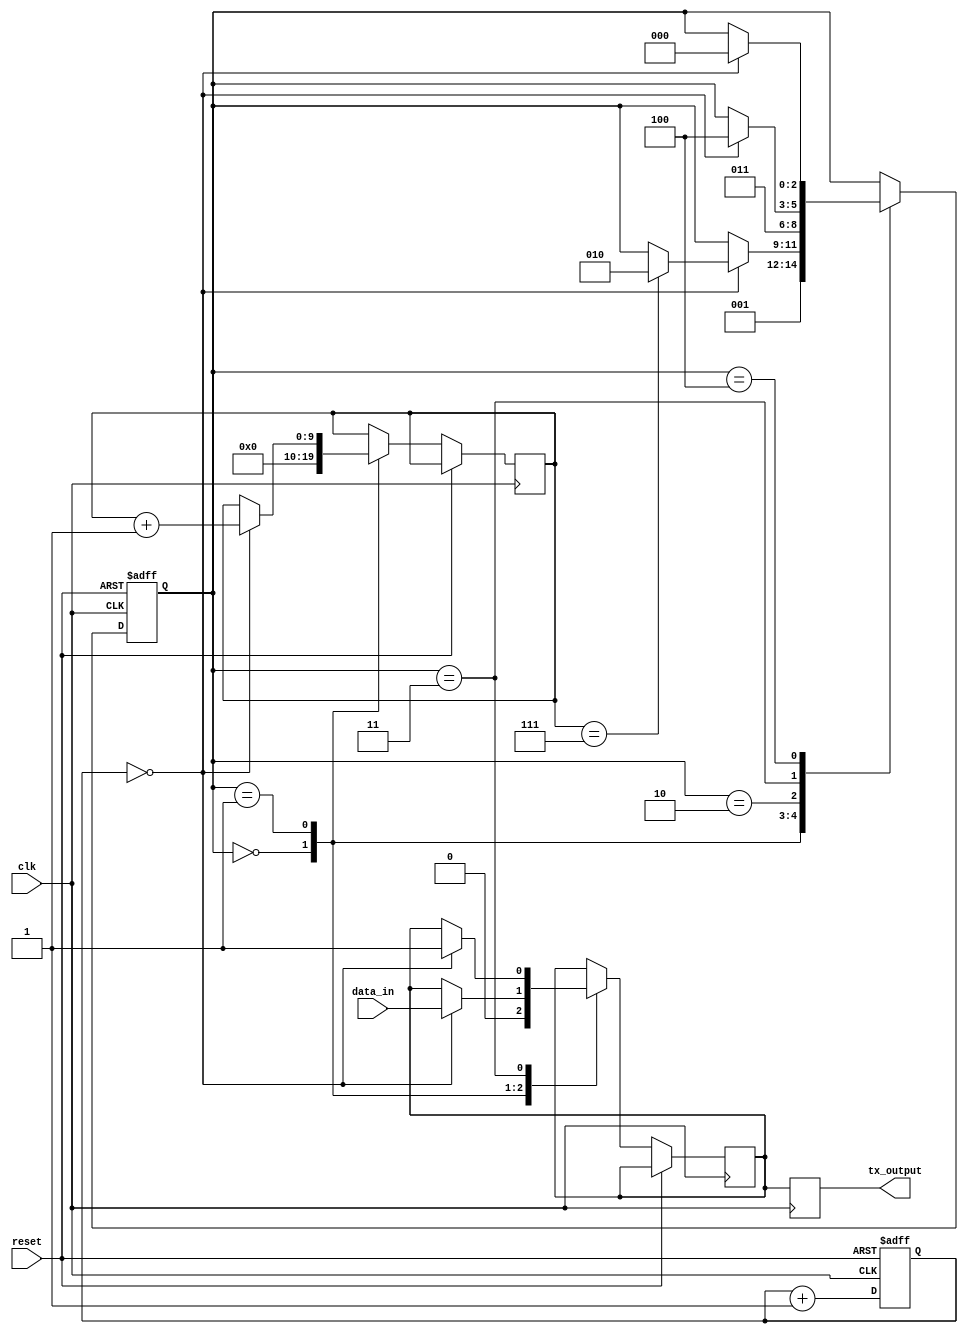
module uart_transmitter (
    input wire clk,
    input wire reset,
    input wire data_in,
    output reg tx_output
);

// Parameter definitions
parameter BAUD_RATE = 9600; // Specify the baud rate here

// Internal signals
reg [9:0] baud_counter;
reg [2:0] state;

// Output register for the UART data stream
reg tx_register;
reg [9:0] tx_bits;

// Clock generator module
always @(posedge clk or posedge reset) begin
    if (reset) begin
        baud_counter <= 0;
    end else begin
        if (baud_counter == BAUD_RATE/2 - 1) begin
            baud_counter <= 0;
        end else begin
            baud_counter <= baud_counter + 1;
        end
    end
end

// State machine
always @(posedge clk or posedge reset) begin
    if (reset) begin
        state <= 0;
    end else begin
        case (state)
            0: begin // Start bit
                tx_register <= 0;
                tx_bits <= 0;
                state <= 1;
            end
            1: begin // Transmitting data bits
                if (baud_counter == 0) begin
                    tx_bits <= tx_bits + 1;
                    tx_register <= data_in;
                    if (tx_bits == 7) begin
                        state <= 2;
                    end
                end
            end
            2: begin // Parity bit (optional)
                // Add parity bit generation logic here if needed
                state <= 3;
            end
            3: begin // Stop bit
                if (baud_counter == 0) begin
                    tx_register <= 1;
                    state <= 4;
                end
            end
            4: begin // Idle state
                if (baud_counter == 0) begin
                    state <= 0;
                end
            end
        endcase
    end
end

// Output logic
always @(posedge clk) begin
    tx_output <= tx_register;
end

endmodule